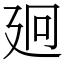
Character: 㢠